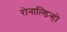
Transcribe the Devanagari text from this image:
रोनाल्‍डिन्‍हो